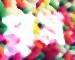
স্লাম